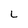
Character: L